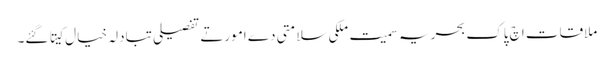
ملاقات اچ پاک بحریہ سمیت ملکی سلامتی دے امورتے تفصیلی تبادلہ خیال کیتا گئے۔